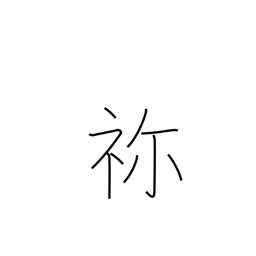
Meaning: ancestral shrine